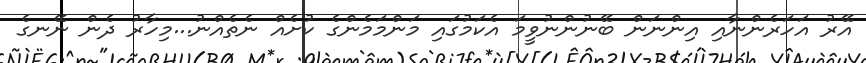
އޭރު އަހަރެންނާއި އިންނަން ބޭނުންނުވީމަ އެކަމުގައި މަންމަމެންގެ ކުށެއް ނެތެއްނު...މިހާރު ދެން ނޭނގެ